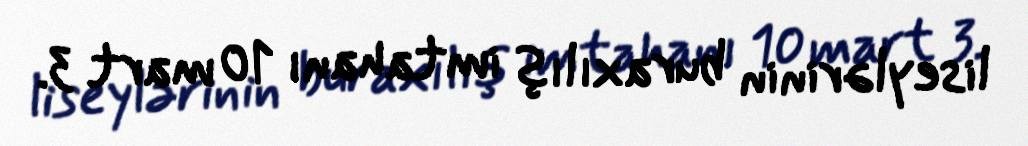
liseylərinin buraxılış imtahanı 10 mart 3.